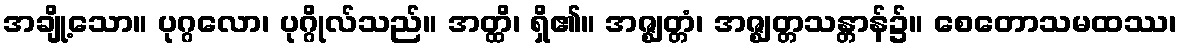
အချို့သော။ ပုဂ္ဂလော၊ ပုဂ္ဂိုလ်သည်။ အတ္ထိ၊ ရှိ၏။ အဇ္ဈတ္တံ၊ အဇ္ဈတ္တသန္တာန်၌။ စေတောသမထဿ၊